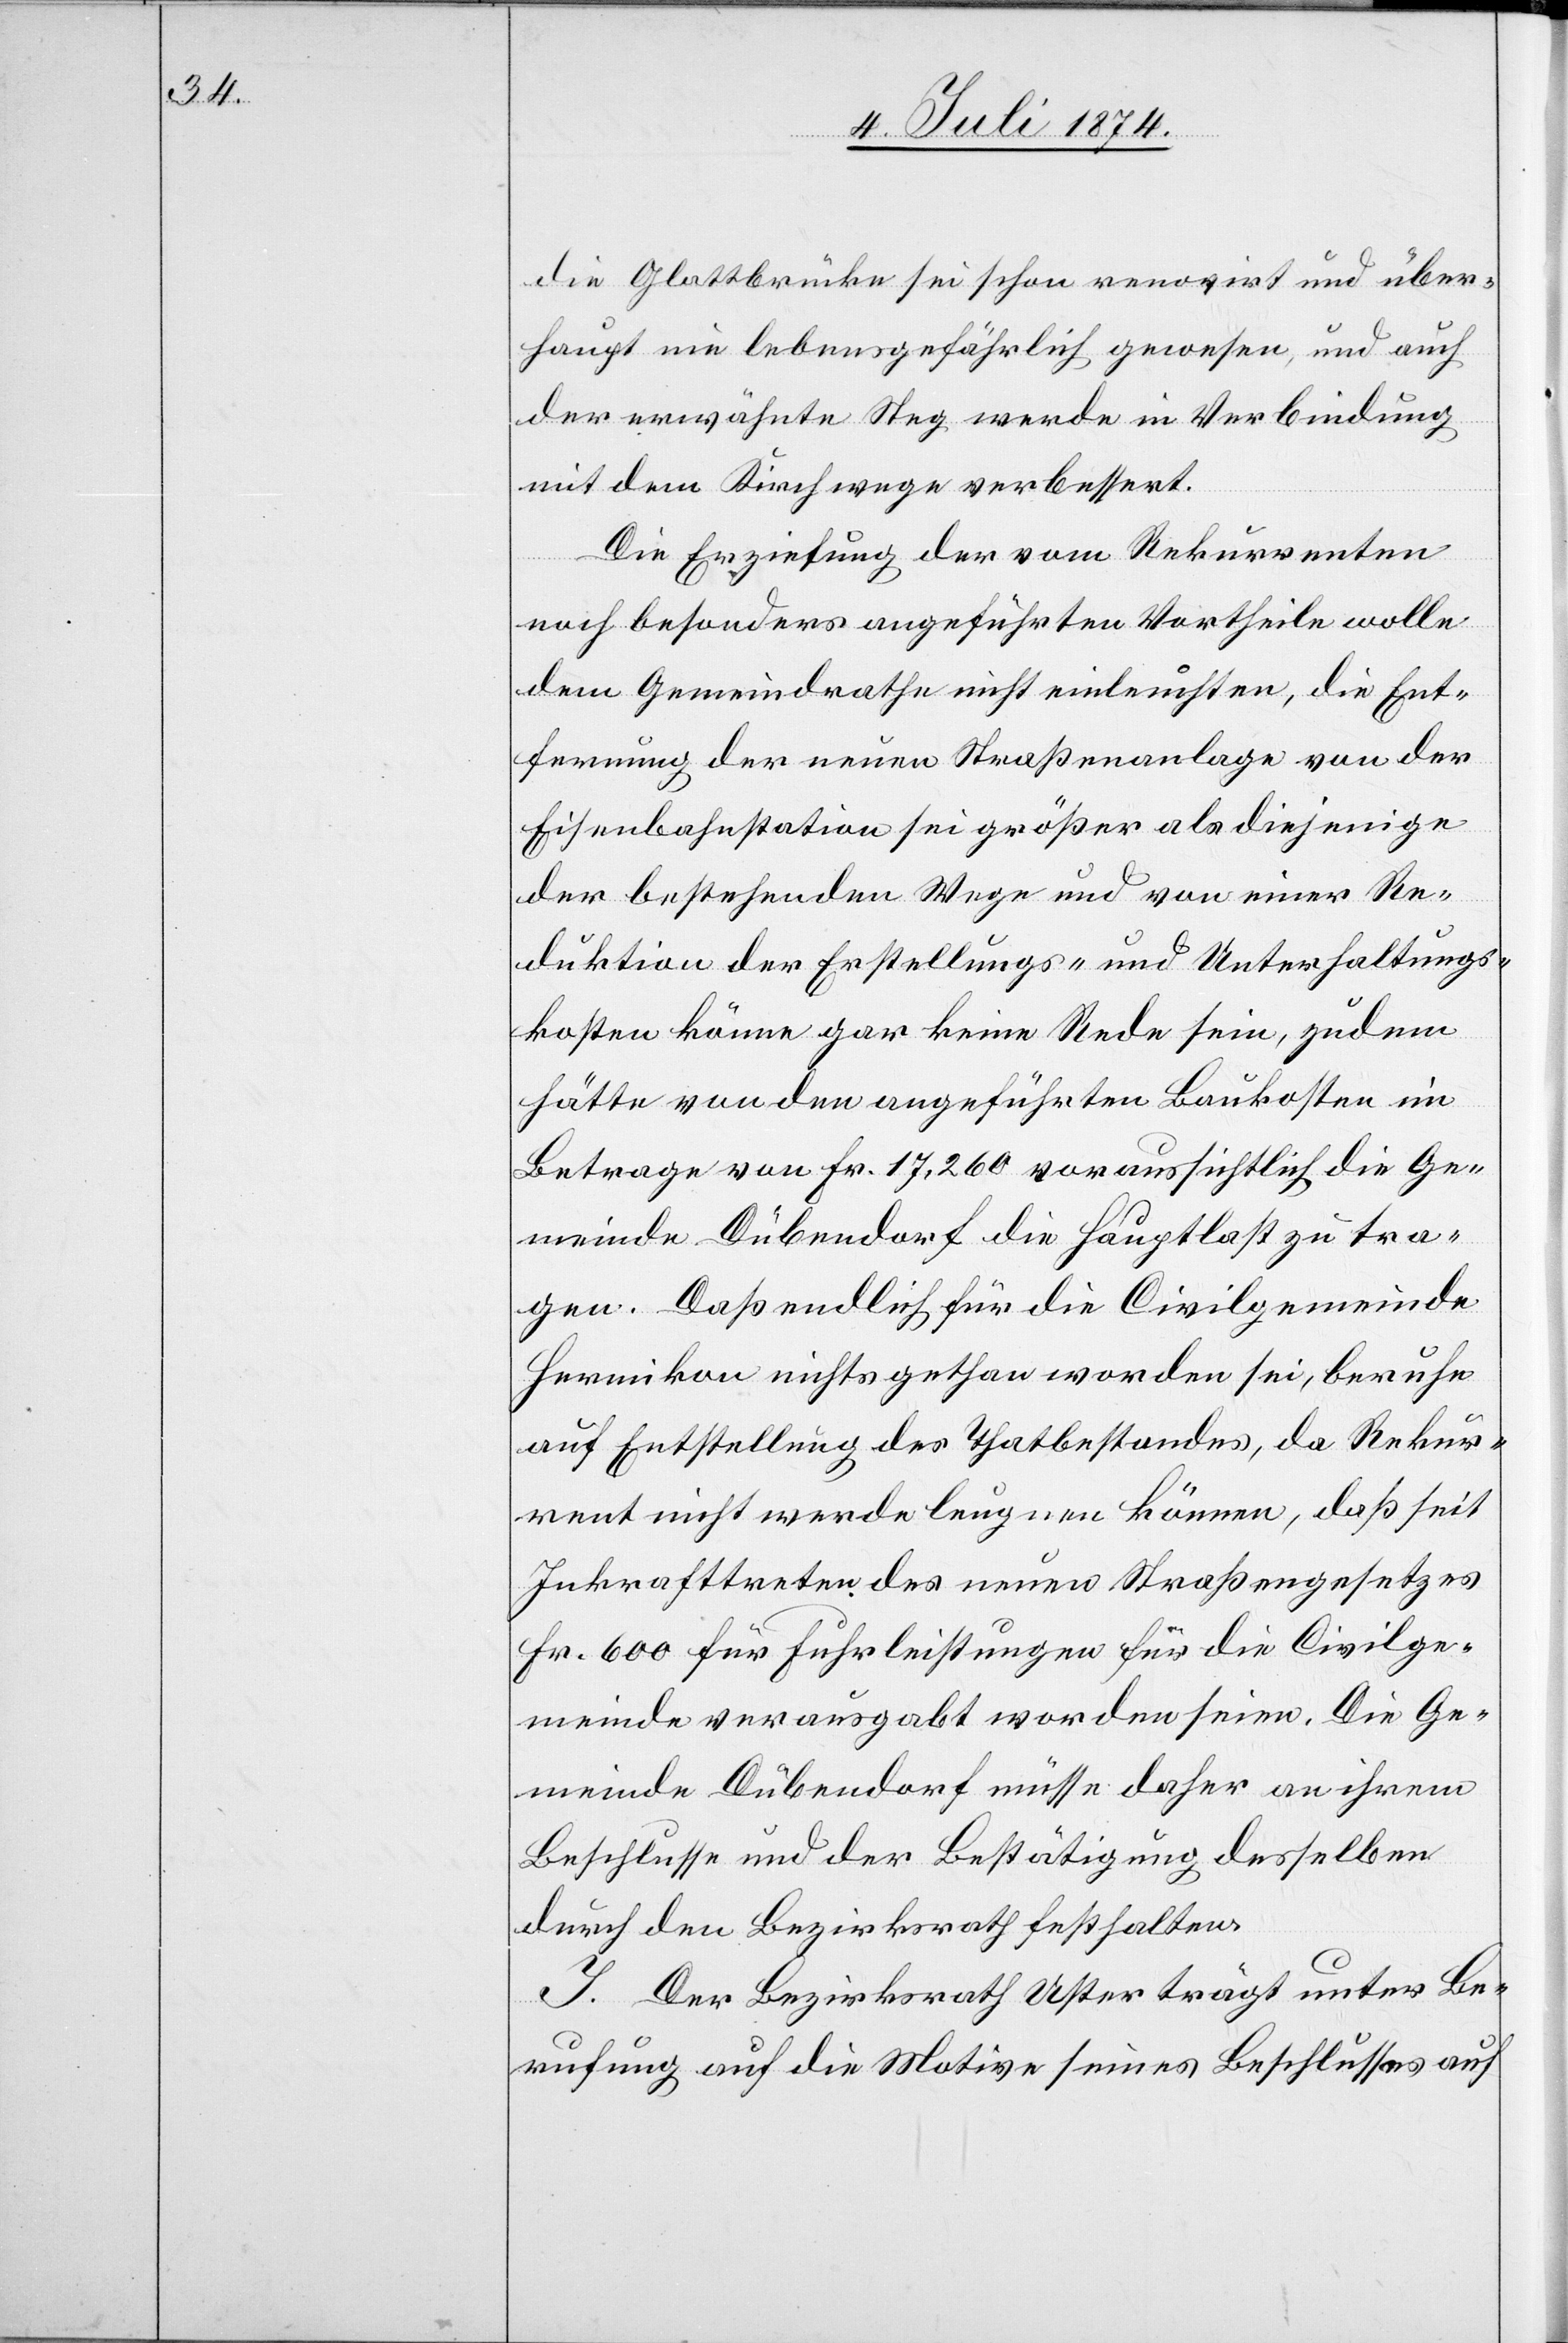
die Glattbrücke sei schon renovirt und über¬
haupt nie lebensgefährlich gewesen, und auch
der erwähnte Steg werde in Verbindung
mit dem Kirchwege verbessert.
Die Erziehung der vom Rekurrenten
noch besonders angeführten Vortheile wolle
dem Gemeindrathe nicht einleuchten, die Ent¬
fernung der neuen Straßenanlage von der
Eisenbahnstation sei größer als diejenige
der bestehenden Wege und von einer Re¬
duktion der Erstellungs- und Unterhaltungs¬
kosten könne gar keine Rede sein, zudem
hätte von den angeführten Baukosten im
Betrage von Fr. 17,260 voraussichtlich die Ge¬
meinde Dübendorf die Hauptlast zu tra¬
gen. Daß endlich für die Civilgemeinde
Hermikon nichts gethan worden sei, beruhe
auf Entstellung des Thatbestandes, da Rekur¬
rent nicht werde leugnen können, daß seit
Inkrafttreten des neuen Straßengesetzes
Fr. 600 für Fuhrleistungen für die Civilge¬
meinde verausgabt worden sein. Die Ge¬
meinde Dübendorf müsse daher an ihrem
Beschlusse und der Bestätigung desselben
durch den Bezirksrath festhalten.
I. Der Bezirksrath Uster trägt unter Be¬
rufung auf die Motive seines Beschlusses auf